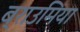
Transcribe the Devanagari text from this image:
ब्राउमिया